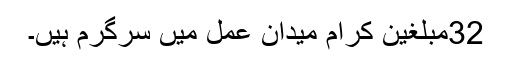
32مبلغین کرام میدان عمل میں سرگرم ہیں۔